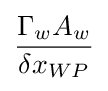
{\frac {{\Gamma {}}_{w}A_{w}}{{\delta {}x}_{WP}}}